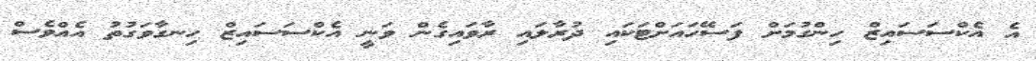
އެ އެކްސަސައިޒް ހިންގުމަށް ފަސޭހައަށްޓަކައި ދުރާލައި ރާވައިގެން ވަނީ އެކްސަސައިޒް ހިނގާވަގުތު އެއްވެސް